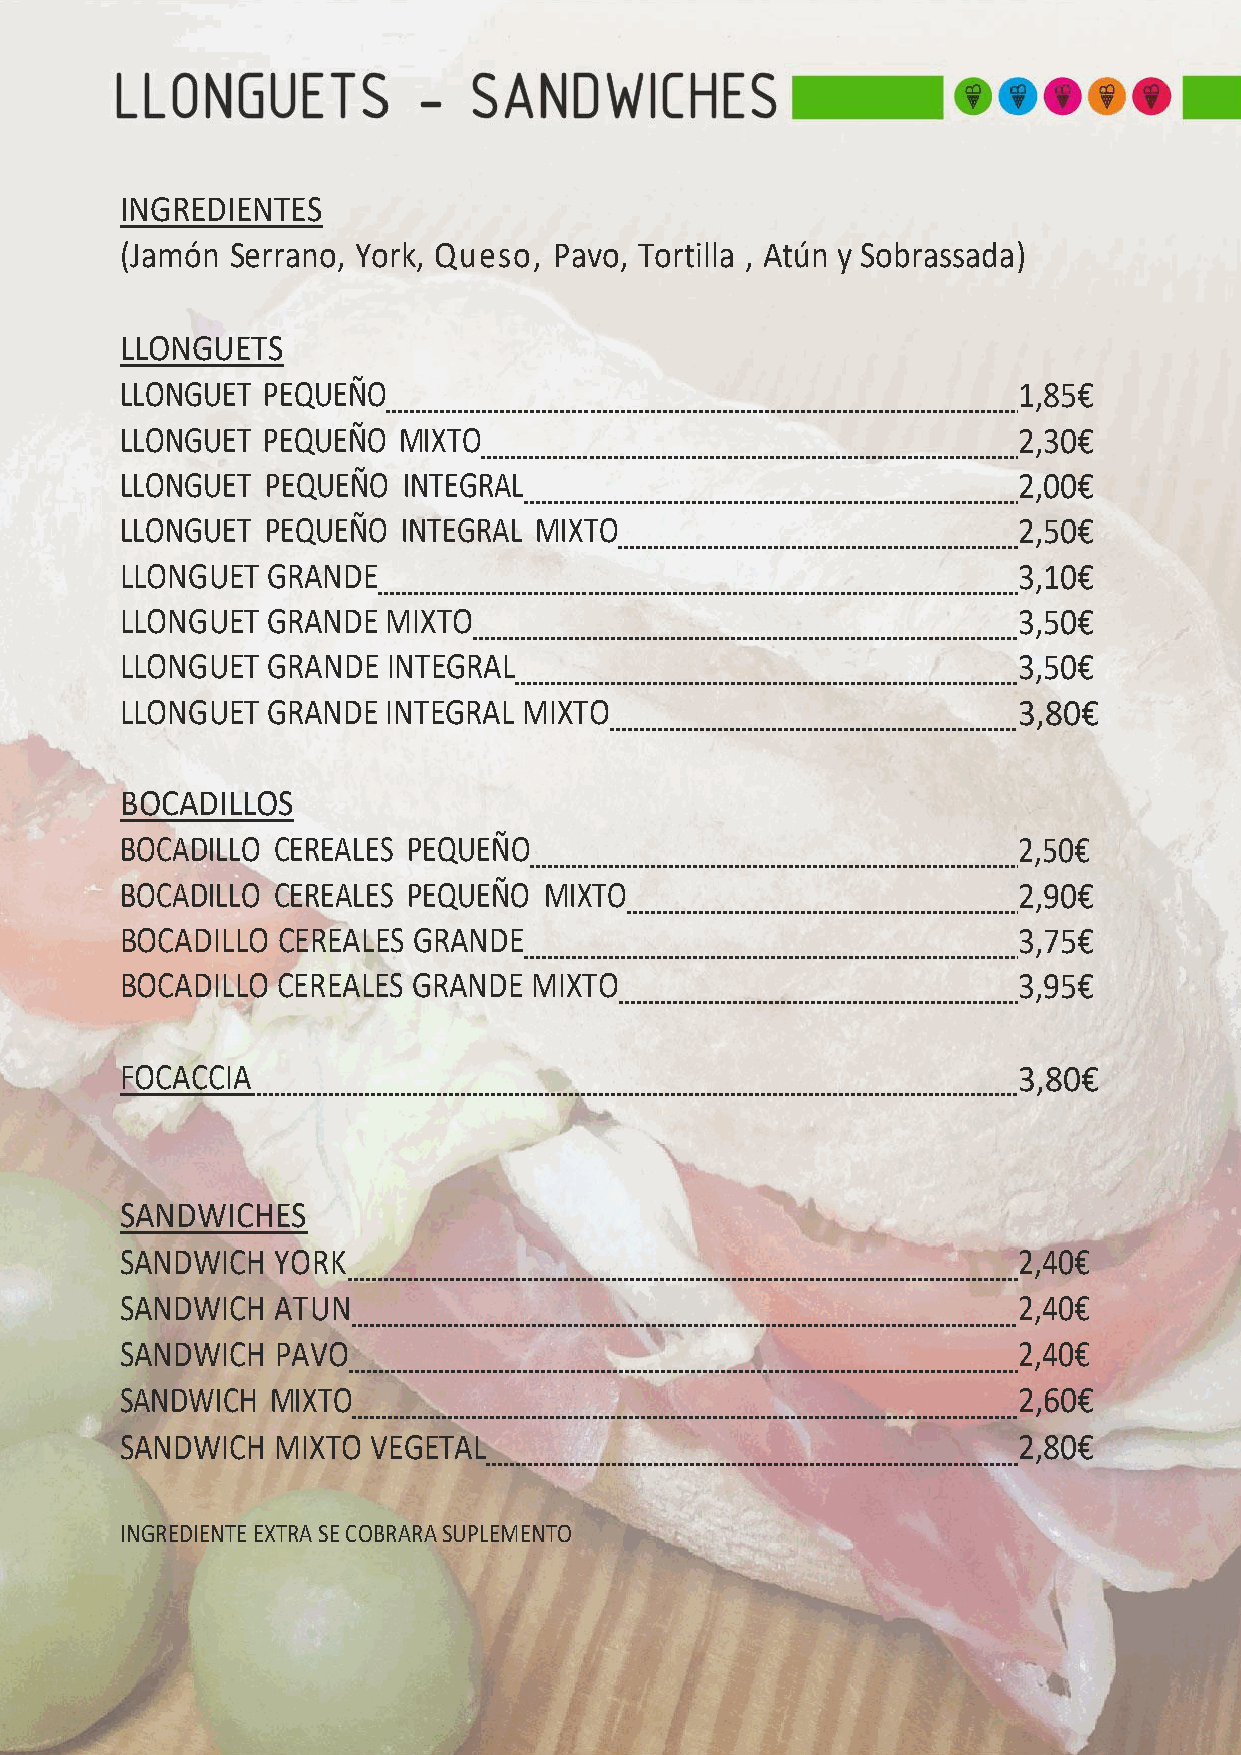
INGREDIENTES
 (Jamón Serrano, York, Queso, Pavo, Tortilla , Atún y Sobrassada)
 LLONGUETS
 LLONGUET PEQUEÑO                                           1,85€
 LLONGUET PEQUEÑO  MIXTO                                    2,30€
 LLONGUET  PEQUEÑO  INTEGRAL                                2,00€
 LLONGUET  PEQUEÑO  INTEGRAL MIXTO                          2,50€
 LLONGUET  GRANDE                                           3,10€
 LLONGUET  GRANDE MIXTO                                     3,50€
 LLONGUET  GRANDE  INTEGRAL                                 3,50€
 LLONGUET  GRANDE  INTEGRAL MIXTO                           3,80€
 BOCADILLOS
 BOCADILLO CEREALES PEQUEÑO                                 2,50€
 BOCADILLO CEREALES PEQUEÑO  MIXTO                          2,90€
 BOCADILLO CEREALES GRANDE                                  3,75€
 BOCADILLO CEREALES GRANDE  MIXTO                           3,95€
 FOCACCIA                                                   3,80€
 SANDWICHES
 SANDWICH  YORK                                             2,40€
 SANDWICH  ATUN                                             2,40€
 SANDWICH  PAVO                                             2,40€
 SANDWICH  MIXTO                                            2,60€
 SANDWICH  MIXTO  VEGETAL                                   2,80€
 INGREDIENTE EXTRA SE COBRARA SUPLEMENTO